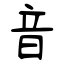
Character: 音